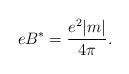
LaTeX: \begin{align*}eB^*= \frac {e^2 |m|} {4 \pi}.\end{align*}